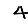
Digit: 4